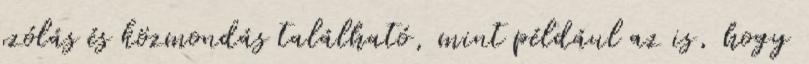
szólás és közmondás található, mint például az is, hogy